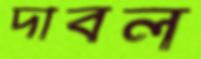
দাবল